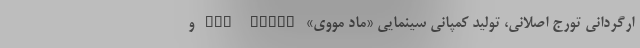
ارگردانی تورج اصلانی، تولید کمپانی سینمایی «ماد مووی» MAD Movie و